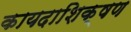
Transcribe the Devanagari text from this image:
कायदाशिक्षण